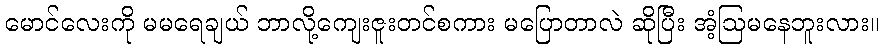
မောင်လေးကို မမရေချယ် ဘာလို့ကျေးဇူးတင်စကား မပြောတာလဲ ဆိုပြီး အံ့ဩမနေဘူးလား။